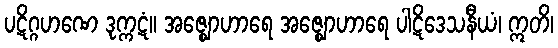
ပဋိဂ္ဂဟဏေ ဒုက္ကဋံ။ အဇ္ဈောဟာရေ အဇ္ဈောဟာရေ ပါဋိဒေသနီယံ၊ ဣတိ၊